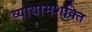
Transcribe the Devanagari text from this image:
व्यायामशक्ति